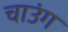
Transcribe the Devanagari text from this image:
चाउंग